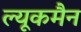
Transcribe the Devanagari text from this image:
ल्यूकमैन